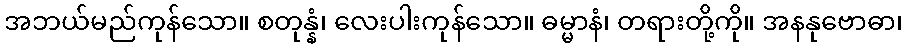
အဘယ်မည်ကုန်သော။ စတုန္နံ၊ လေးပါးကုန်သော။ ဓမ္မာနံ၊ တရားတို့ကို။ အနနုဗောဓာ၊